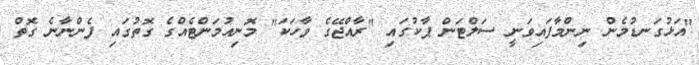
"އަޅުގަނޑުމެން ނިންމާފައިވަނީ ސަލްޓަން ޕާކުގައި "ރާއްޖޭގެ ވާހަކަ" މޮނިއުމަންޓެއްގެ ގޮތުގައި ފެންނާނެ ގޮތް